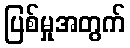
ပြစ်မှုအတွက်